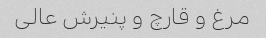
مرغ و قارچ و پنیرش عالی